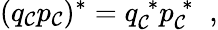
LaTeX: (q_{\cal C}p_{\cal C})^{*}=q_{\cal C}^{\; *}p_{\cal C}^{\; *}\; \; ,